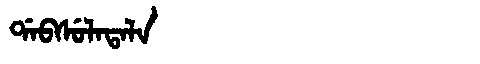
Manchu: ᡩᠠᠪᠰᡠᠯᠠᡨᠠᠯᠠ
Romanization: DABSULATALA